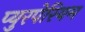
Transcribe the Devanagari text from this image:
प्युरपेरियम